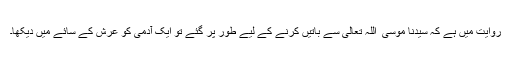
روایت میں ہے کہ سیّدنا موسیؑ ٰ اللہ تعالیٰ سے باتیں کرنے کے لیے طور پر گئے تو ایک آدمی کو عرش کے سائے میں دیکھا۔